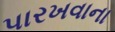
પારખવાના